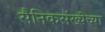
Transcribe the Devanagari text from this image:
सैनिकसंख्येच्या